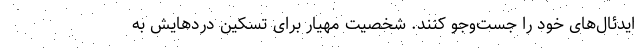
ایدئال‌های خود را جست‌وجو کنند. شخصیت مهیار برای تسکین دردهایش به